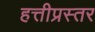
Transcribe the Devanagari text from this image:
हत्तीप्रस्तर